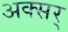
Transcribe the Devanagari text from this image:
अक्सर्